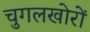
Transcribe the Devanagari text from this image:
चुगलखोरों